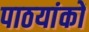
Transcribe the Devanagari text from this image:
पाठयांकों